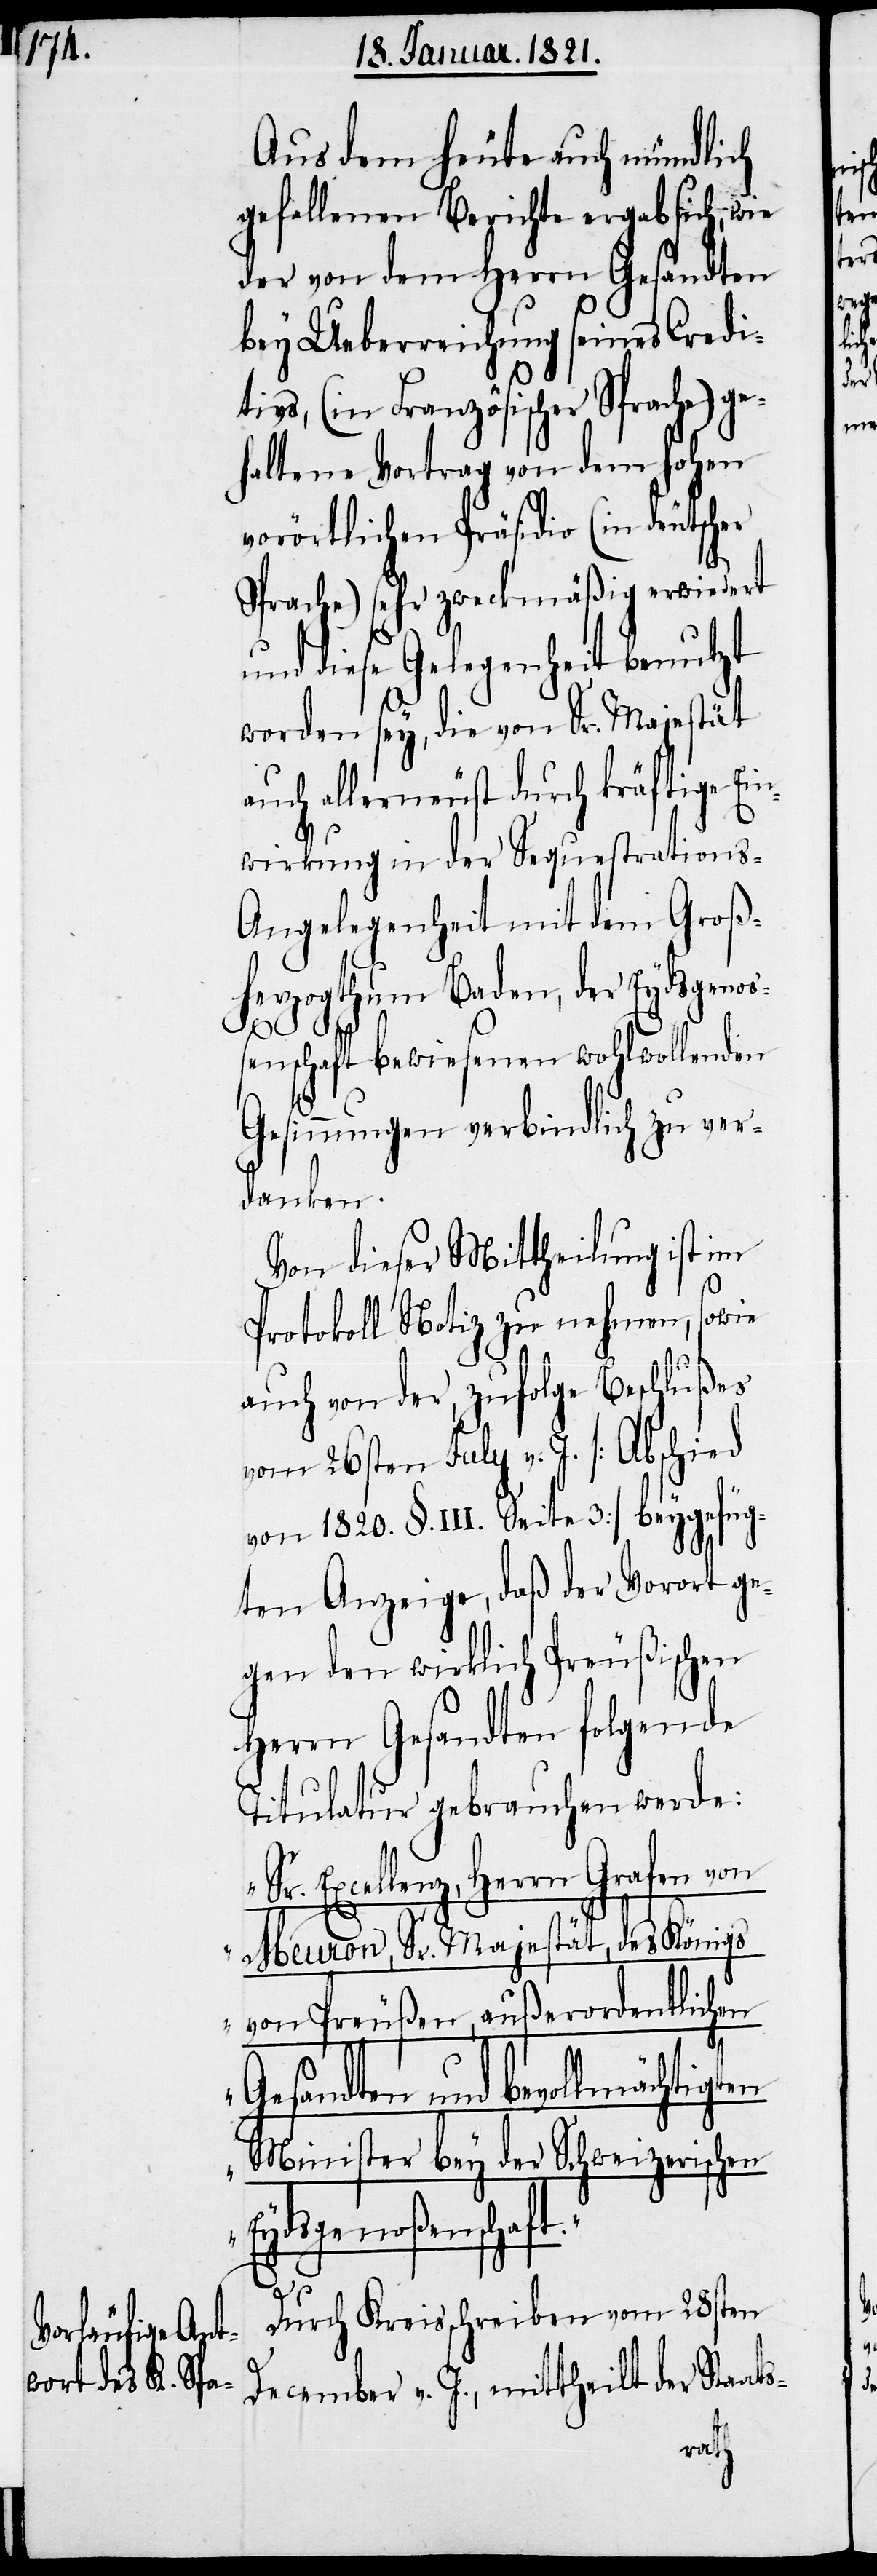
Aus dem heute auch mündlich
gefallenen Berichte ergab sich, wie
der von dem Herrn Gesandten
bey Ueberreichung seines Credi¬
tivs, (in Französischer Sprache) ge¬
haltene Vortrag von dem hohen
vorörtlichen Präsidio (in deutscher
Sprache) sehr zweckmäßig erwiedert
und diese Gelegenheit benutzt
worden sey, die von Sr. Majestät
auch allerneust durch kräftige Ein¬
wirkung in der Sequestrations-A¬
ngelegenheit mit dem Groß¬
herzogthum Baden, der Eydsgenoß¬
enschaft bewiesenen wohlwollenden
Gesinnungen verbindlich zu ver¬
danken.
Von dieser Mittheilung ist im
Protokoll Notiz zu nehmen, sowie
auch von der, zufolge Beschlußes
vom 26sten July v. J. [Abschied
von 1820. §. III. Seite 3] beygefüg¬
ten Anzeige, daß der Vorort ge¬
gen den wirklich Preußischen
Herrn Gesandten folgende
Titulatur gebrauchen werde:
„Sr. Excellenz, Herrn Grafen von
Meuron, Sr. Majestät, des Königs
von Preußen, außerordentlichen
Gesandten und bevollmächtigten
Minister bey der Schweizerischen
Eydsgenoßenschaft.“
Durch Kreisschreiben vom 28sten
December v. J., mittheilt der Sta¬
ats-